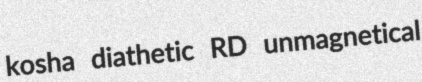
kosha diathetic RD unmagnetical